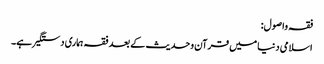
فقہ واصول:
اسلامی دنیا میں قرآن وحدیث کے بعد فقہ ہماری دستگیر ہے۔